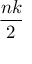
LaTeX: \frac { n k } { 2 }